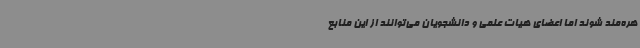
هره‌مند شوند اما اعضای هیات علمی و دانشجویان می‌توانند از این منابع